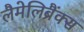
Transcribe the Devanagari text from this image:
लैमेलिब्रैंक्स